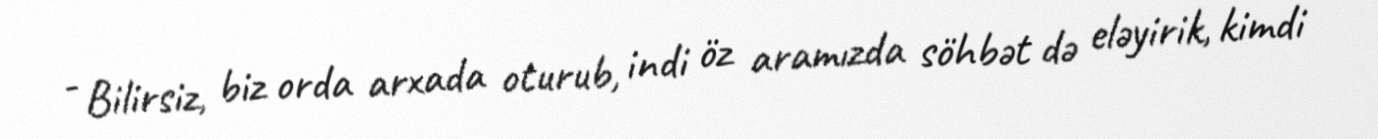
- Bilirsiz, biz orda arxada oturub, indi öz aramızda söhbət də eləyirik, kimdi